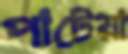
পাটেয়া